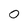
Character: 0